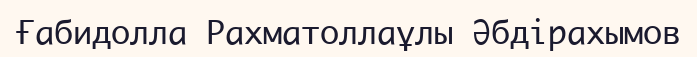
Ғабидолла Рахматоллаұлы Әбдірахымов